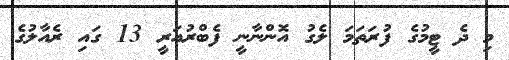
މި ދެ ޓީމުގެ ފުރަތަމަ ލެގު އޮންނާނީ ފެބްރުއަރީ 13 ގައި ރެއާލުގެ